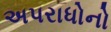
અપરાધોનો